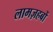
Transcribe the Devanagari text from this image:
लामज़हबों